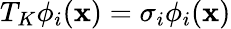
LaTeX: T_{K}\phi_{i}(\mathbf{x})=\sigma_{i}\phi_{i}(\mathbf{x})